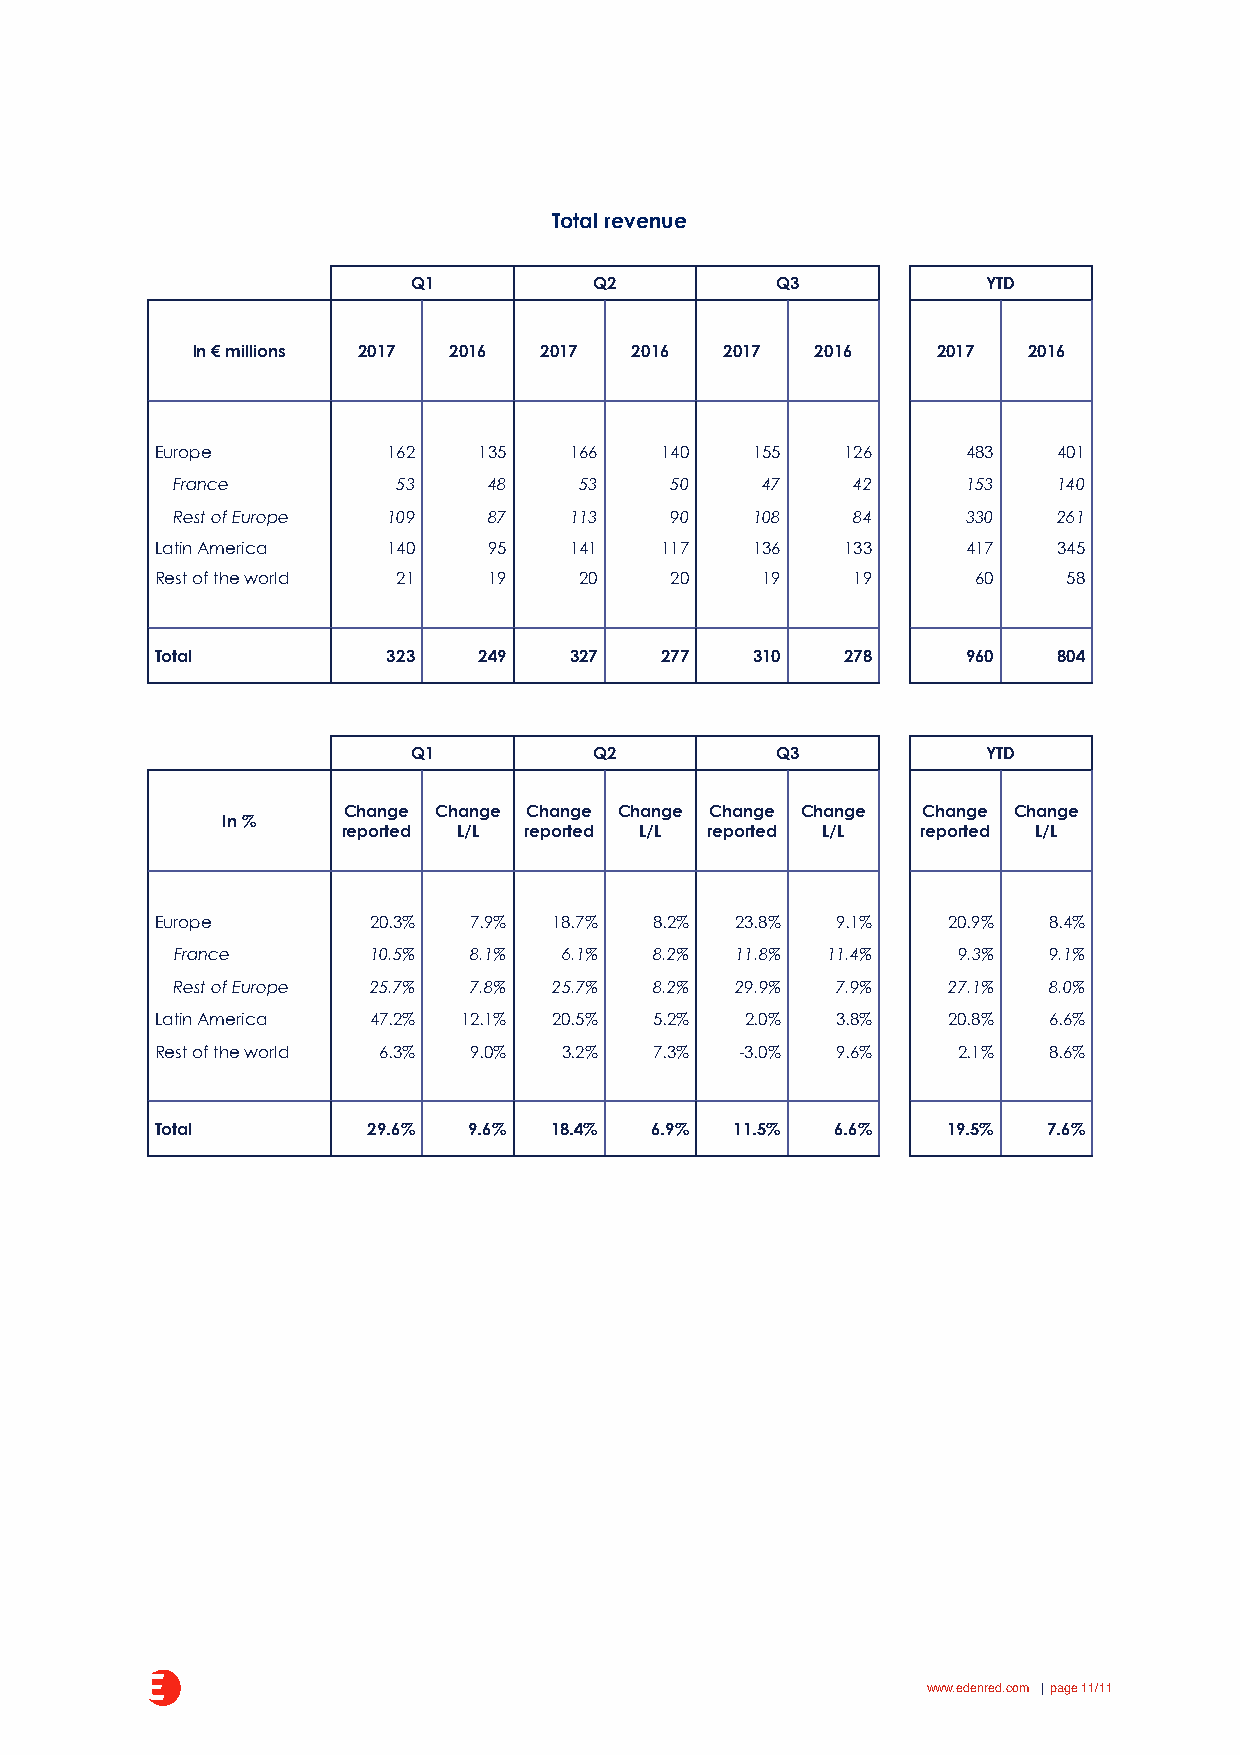
Total revenue
 Q1          Q2          Q3            YTD
 In € millions 2017 2016 2017 2016  2017  2016    2017  2016
 Europe          162   135   166   140   155   126     483   401
 France        53    48    53    50    47    42      153   140
 Rest of Europe 109   87    113   90    108   84      330   261
 Latin America   140   95    141   117   136   133     417   345
 Rest of the world 21  19    20    20    19    19       60    58
 Total           323   249   327   277   310   278     960   804
 Q1          Q2          Q3            YTD
 Change Change Change Change Change Change Change Change
 In %
 reported L/L reported L/L reported L/L reported L/L
 Europe        20.3%  7.9%  18.7% 8.2%  23.8% 9.1%    20.9% 8.4%
 France      10.5%  8.1%  6.1%  8.2%  11.8% 11.4%   9.3%  9.1%
 Rest of Europe 25.7% 7.8% 25.7% 8.2%  29.9% 7.9%    27.1% 8.0%
 Latin America 47.2%  12.1% 20.5% 5.2%  2.0%  3.8%    20.8% 6.6%
 Rest of the world 6.3% 9.0% 3.2% 7.3%  -3.0% 9.6%    2.1%  8.6%
 Total         29.6%  9.6% 18.4%  6.9%  11.5% 6.6%    19.5% 7.6%
 www.edenred.com | page 11/11